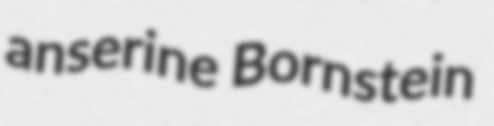
anserine Bornstein